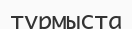
тұрмыста